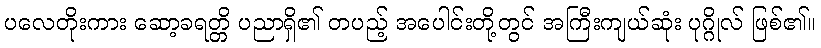
ပလေတိုးကား ဆော့ခရတ္တိ ပညာရှိ၏ တပည့် အပေါင်းတို့တွင် အကြီးကျယ်ဆုံး ပုဂ္ဂိုလ် ဖြစ်၏။